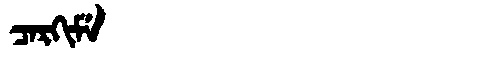
Manchu: ᠴᠠᡵᡴᡳᠮᡝ
Romanization: CARKIME